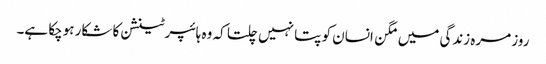
روز مرہ زندگی میں مگن انسان کو پتا نہیں چلتا کہ وہ ہائپرٹینشن کا شکار ہوچکا ہے۔